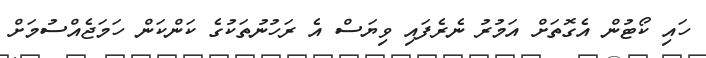
ހައި ކޯޓުން އެގޮތަށް އަމުރު ނެރެފައި ވިޔަސް އެ ރަހުނުތަކުގެ ކަންކަން ހަމަޖެއްސުމަށް